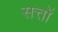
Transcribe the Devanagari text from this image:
सत्तों